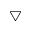
\bigtriangledown